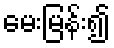
မေးမြန်း၍